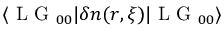
\langle \mathrm { ~ L ~ G ~ } _ { 0 0 } | \delta n ( r , \xi ) | \mathrm { ~ L ~ G ~ } _ { 0 0 } \rangle